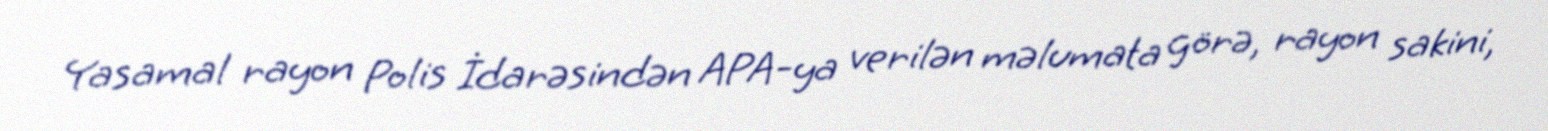
Yasamal rayon Polis İdarəsindən APA-ya verilən məlumata görə, rayon sakini,